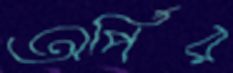
অর্পির